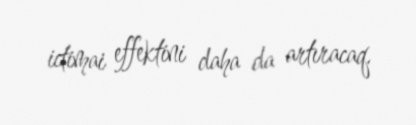
ictimai effektini daha da artıracaq.